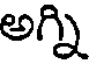
అగ్ని